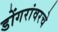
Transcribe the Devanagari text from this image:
डोंगरांवरचे